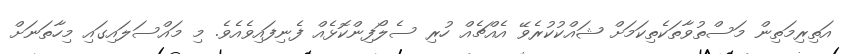
އަތިރިމަތިން މަސްތުވާތަކެތިކަމަށް ޝައްކުކުރެވޭ އެއްޗެއް ހުރި ސެލޯފިންކޮޅެއް ފެނިފައިވެއެވެ. މި މައްސަލައިގައި މިހާތަނަށް